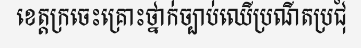
ខេត្តក្រចេះគ្រោះថ្នាក់ច្បាប់ឈើប្រណីតប្រជុំ